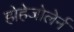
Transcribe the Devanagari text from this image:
होहेजोलेर्न